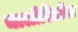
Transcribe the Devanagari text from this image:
चालीरितींना